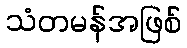
သံတမန်အဖြစ်